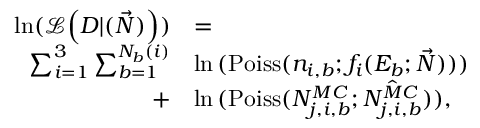
\begin{array} { r l } { \mathrm { l n } ( \mathcal { L } \Big ( D | ( \vec { N } ) \Big ) ) } & { = } \\ { \sum _ { i = 1 } ^ { 3 } \sum _ { b = 1 } ^ { N _ { b } ( i ) } } & { \ln { ( \mathrm { P o i s s } ( n _ { i , b } ; f _ { i } ( E _ { b } ; \vec { N } ) ) ) } } \\ { + } & { \ln { ( \mathrm { P o i s s } ( N _ { j , i , b } ^ { M C } ; \hat { N _ { j , i , b } ^ { M C } } ) ) } , } \end{array}